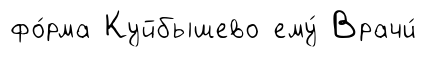
фо́рма Куйбышево ему́ Врачи́